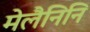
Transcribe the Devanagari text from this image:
मेलैनिनि